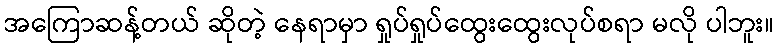
အကြောဆန့်တယ် ဆိုတဲ့ နေရာမှာ ရှုပ်ရှုပ်ထွေးထွေးလုပ်စရာ မလို ပါဘူး။